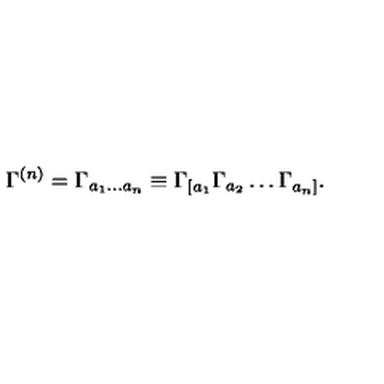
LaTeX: \Gamma ^ { ( n ) } = \Gamma _ { a _ { 1 } \ldots a _ { n } } \equiv \Gamma _ { [ a _ { 1 } } \Gamma _ { a _ { 2 } } \ldots \Gamma _ { a _ { n } ] } .